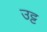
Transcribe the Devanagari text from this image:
उट्ट